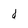
Character: d